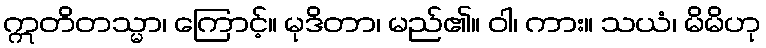
ဣတိတသ္မာ၊ ကြောင့်။ မုဒိတာ၊ မည်၏။ ဝါ၊ ကား။ သယံ၊ မိမိဟု